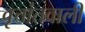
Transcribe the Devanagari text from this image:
वृत्तांतवाली